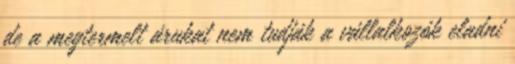
de a megtermelt árukat nem tudják a vállalkozók eladni